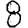
Digit: 8